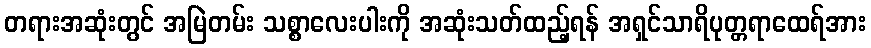
တရားအဆုံးတွင် အမြဲတမ်း သစ္စာလေးပါးကို အဆုံးသတ်ထည့်ရန် အရှင်သာရိပုတ္တရာထေရ်အား